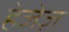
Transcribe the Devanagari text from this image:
हेजेज़